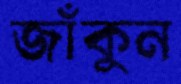
জাঁকুন